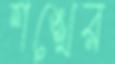
শঙ্খের